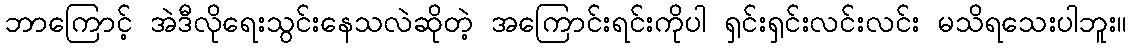
ဘာကြောင့် အဲဒီလိုရေးသွင်းနေသလဲဆိုတဲ့ အကြောင်းရင်းကိုပါ ရှင်းရှင်းလင်းလင်း မသိရသေးပါဘူး။